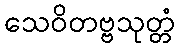
သေဝိတဗ္ဗသုတ္တံ